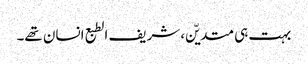
بہت ہی متدیّن، شریف الطبع انسان تھے۔